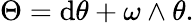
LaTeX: \Theta=\mathrm{d}\theta+\omega\wedge\theta.